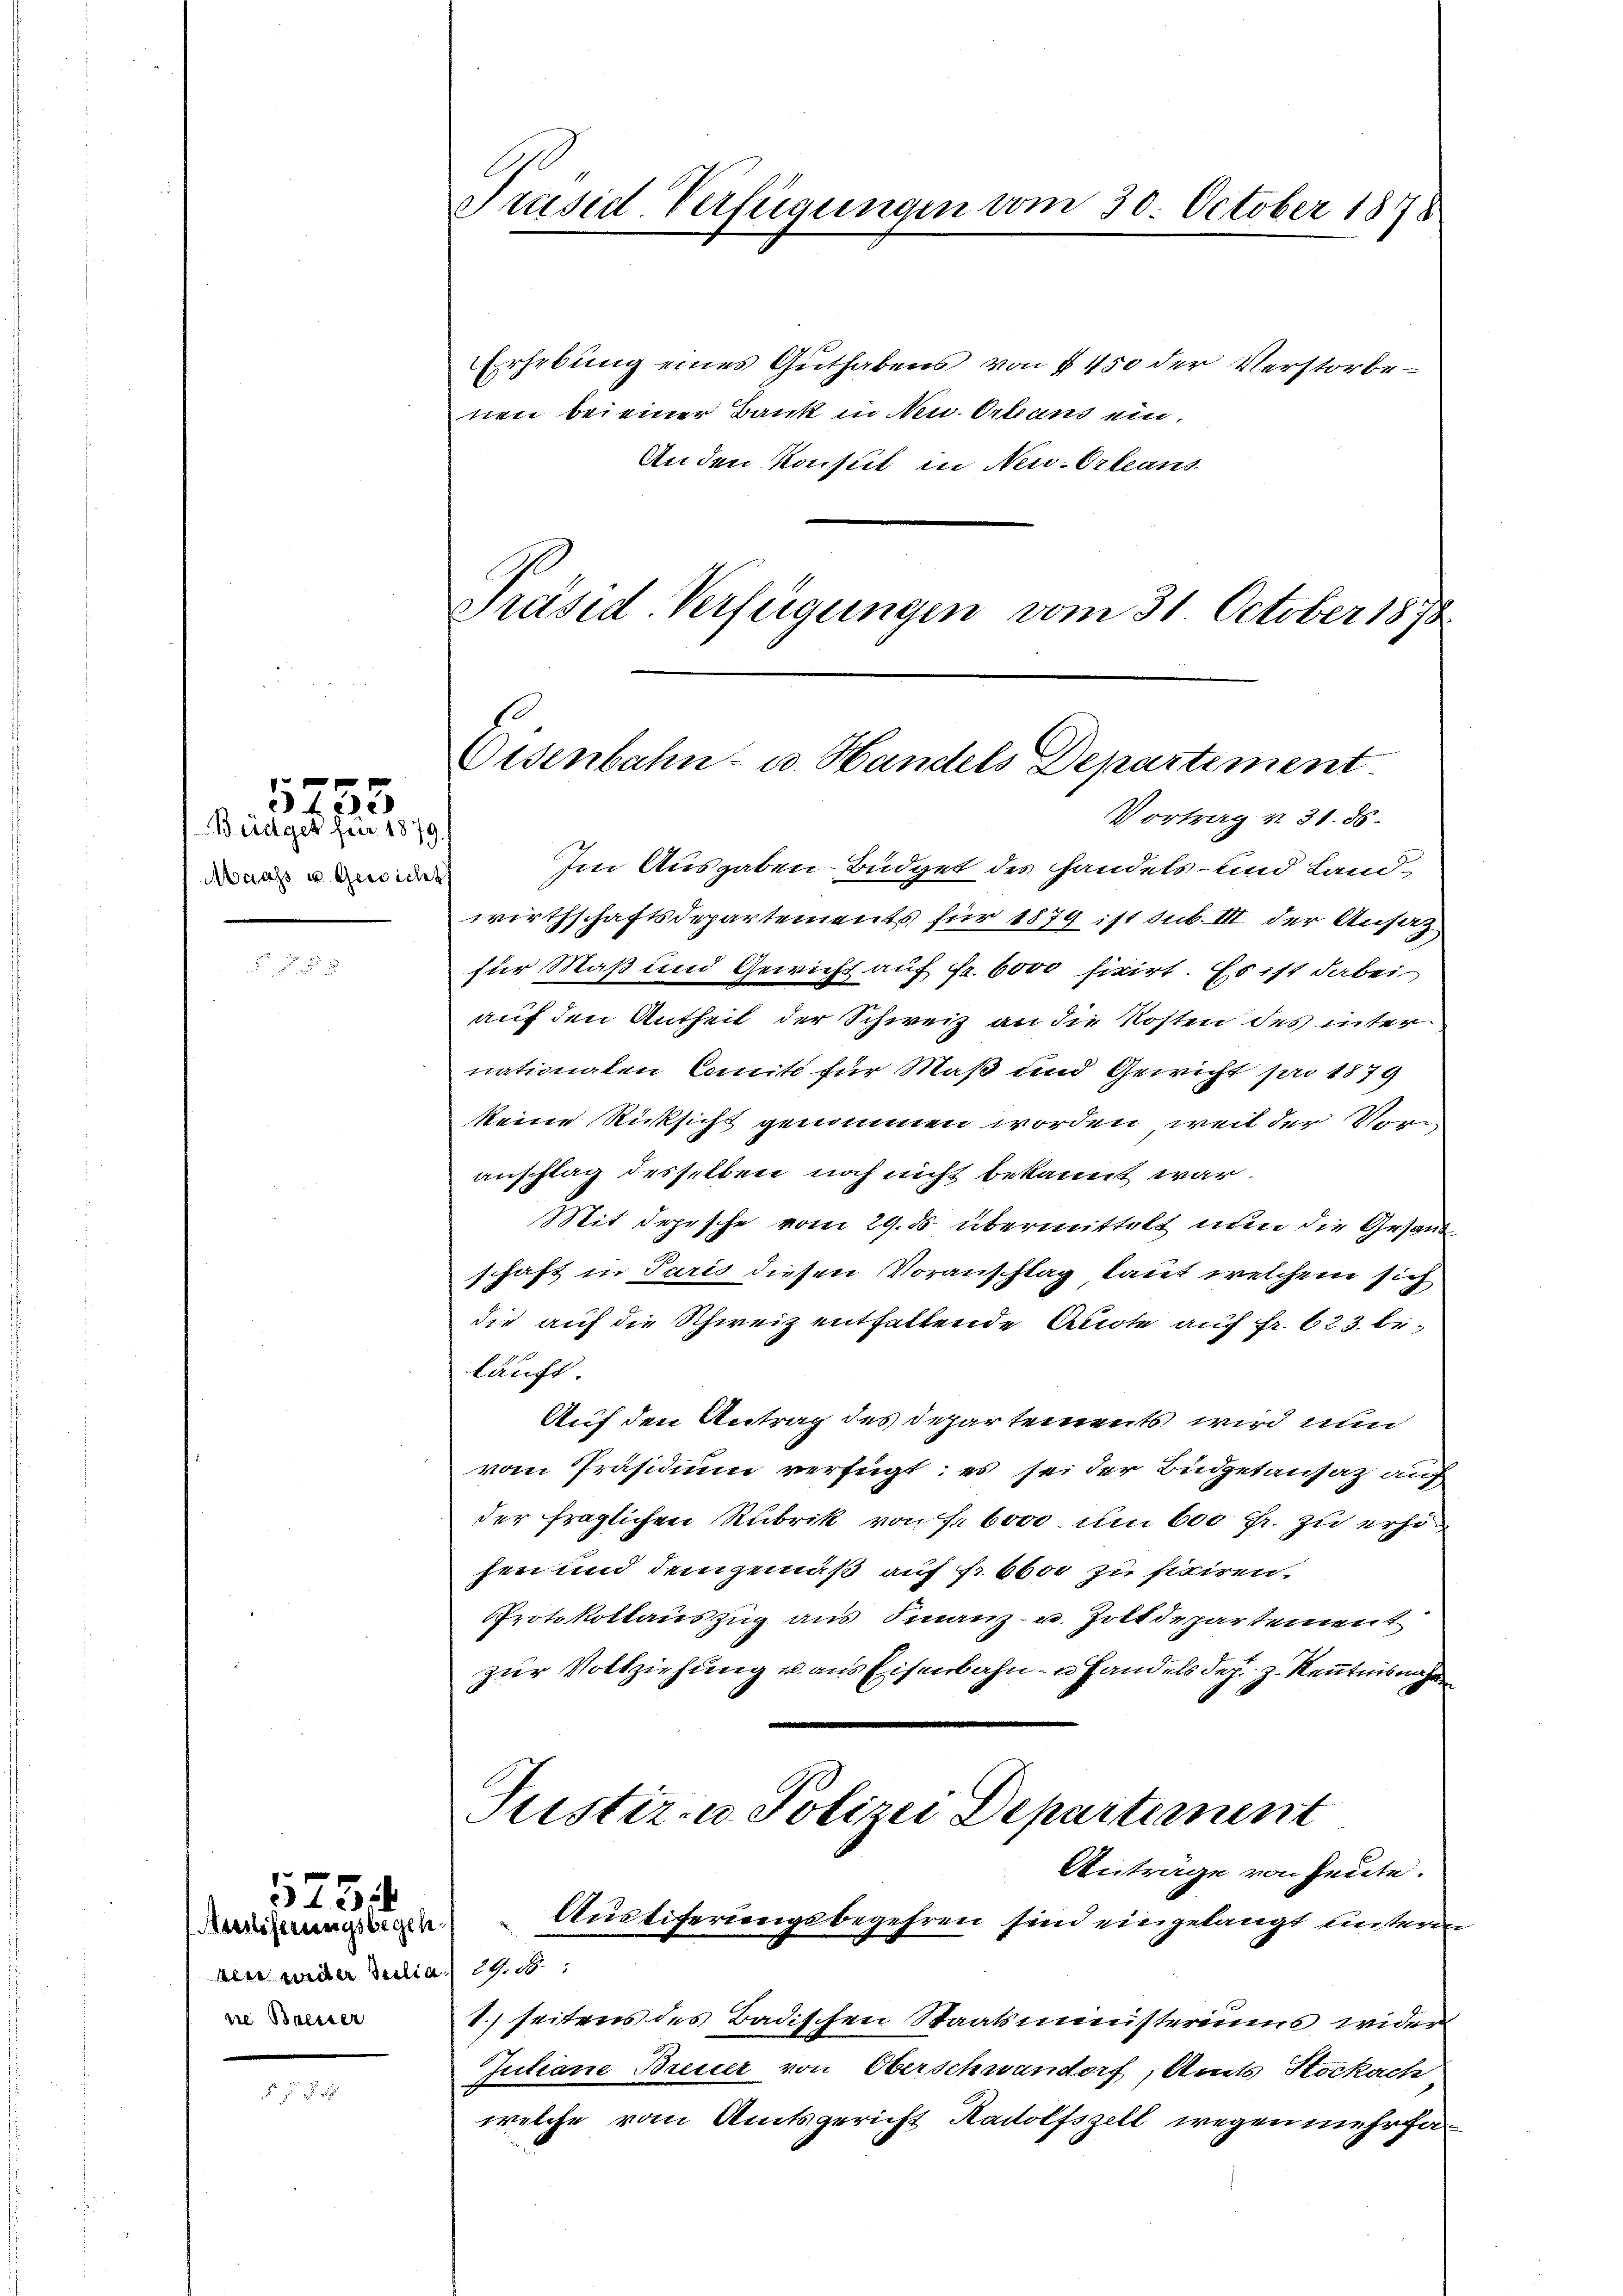
Brages zu 2 1
Maass u Gewicht

1

Meistiferungsbegeh
ler weiter Seelic
zie Breiter

575

Präsid-Verfügungen vom 30. October 1878

Erhebung eines Guthabens von § 450 der Verstorbe
nen bei einer Bank in Neu-Orleans ein.
An den Konsul in Neu-Orleans
Präsid Verfügungen vom 31. October 1878

Oisenbahn- u. Handels Departiment
Vortrag v. 31. 86.

Im Ausgaben Büdget des Handels- und Landwirthschaftsdepartements für 1879 ist sub. III der Ansatz
für Maß und Gewicht auf Fr. 6000 fixirt. Es ist dabei
auf den Antheil der Schweiz an die Kosten des inter
nationalen Comite für Maß und Gewicht pro 1879
keine Rücksicht genommen worden, weil der Vorn
auschlag desselben noch nicht bekannt war.
Mit depesche vom 29. ds. übermittelt nun die Gesand
schaft in Paris diesen Voranschlag laut welchem sich
die auf die Schweiz enthaltende Audte auf Fr. 623 beläuft
Auf den Antrag des Departements wird nun
vom Präsidium verfügt: es sei der Budgetansatz auf
der fraglichen Rubrik von Fr. boot um 600 fr. zu erhi
hen und demgemäß auf fr 66or zu fixiren.
PProtokollauszug aus Finanz- u. Zottdepartement
zur Vollziehung u. aus Eisenbahn- u Handels des. z. Kenntnisnah
Justiz- u. Polizei Departement
Anträge von heute.
Austiferungsbegehren sind eingelangt untern
29. 5
1.) seitens des Badischen Staatsministeriums wider
Juliane Breuer von Oberschwandorf, Amts Stockach
welche vom Amtsgericht Radolfszell wegen mehrfa